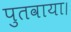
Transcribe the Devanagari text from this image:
पुतवाया।